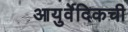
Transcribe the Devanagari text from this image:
आयुर्वेदिकची